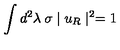
\int d ^ { 2 } \lambda \: \sigma \mid u _ { R } \mid ^ { 2 } = 1